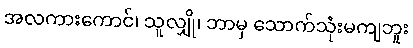
အလကားကောင်၊ သူလျှို၊ ဘာမှ သောက်သုံးမကျဘူး